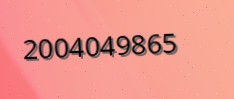
2004049865